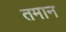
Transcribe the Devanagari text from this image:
तमान